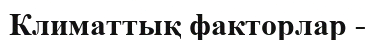
Климаттық факторлар -